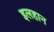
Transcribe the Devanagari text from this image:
इलहान